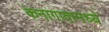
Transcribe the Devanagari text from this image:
कनागावामध्ये